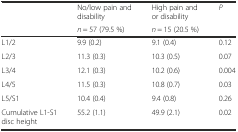
<table><thead><tr><td rowspan="2"></td><td><b>No/low pain and disability</b></td><td><b>High pain and or disability</b></td><td rowspan="2"><b><i>P</i></b></td></tr><tr><td><b><i>n</i> = 57 (79.5 %)</b></td><td><b><i>n</i> = 15 (20.5 %)</b></td></tr></thead><tbody><tr><td>L1/2</td><td>9.9 (0.2)</td><td>9.1 (0.4)</td><td>0.12</td></tr><tr><td>L2/3</td><td>11.3 (0.3)</td><td>10.3 (0.5)</td><td>0.07</td></tr><tr><td>L3/4</td><td>12.1 (0.3)</td><td>10.2 (0.6)</td><td>0.004</td></tr><tr><td>L4/5</td><td>11.5 (0.3)</td><td>10.8 (0.7)</td><td>0.03</td></tr><tr><td>L5/S1</td><td>10.4 (0.4)</td><td>9.4 (0.8)</td><td>0.26</td></tr><tr><td>Cumulative L1-S1 disc height</td><td>55.2 (1.1)</td><td>49.9 (2.1)</td><td>0.02</td></tr></tbody></table>